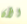
الآن